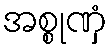
အစ္စုဏှံ